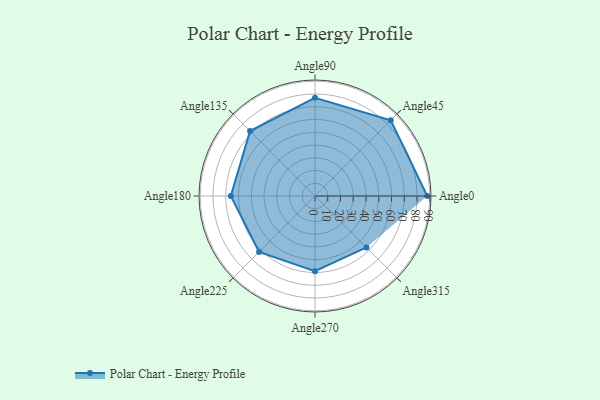
{"axis": {"x": "Angle", "y": "Radius"}, "legend": [""], "data": [{"x": "Angle0", "y": 88.0, "type": ""}, {"x": "Angle45", "y": 84.0, "type": ""}, {"x": "Angle90", "y": 77.0, "type": ""}, {"x": "Angle135", "y": 72.0, "type": ""}, {"x": "Angle180", "y": 66.0, "type": ""}, {"x": "Angle225", "y": 62.0, "type": ""}, {"x": "Angle270", "y": 59.0, "type": ""}, {"x": "Angle315", "y": 57.0, "type": ""}]}